Malaria in the Andamans - Number 56
Disease focus: Malaria
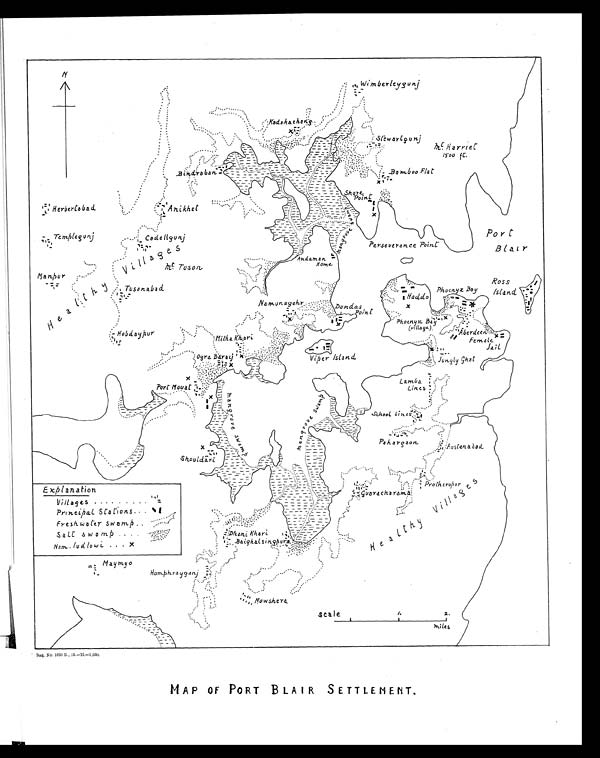
Reg. No. 1633 E., 12.—H.—1,050.
MAP OF PORT BLAIR SETTLENENT.